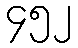
၄၅၂